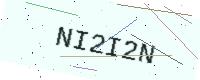
Text: NI2I2N